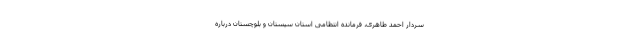
سردار احمد طاهری، فرمانده انتظامی استان سیستان و بلوچستان درباره